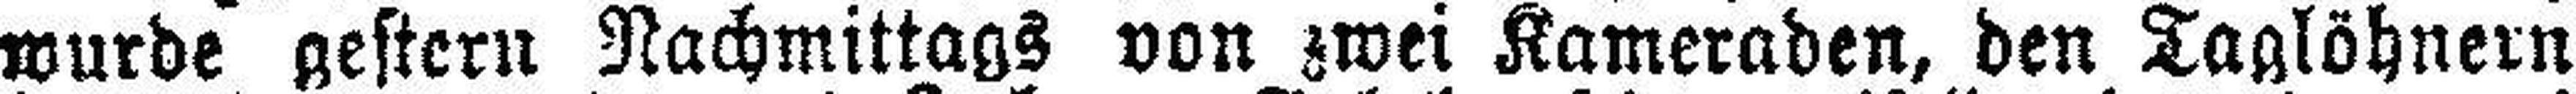
wurde gestern Nachmittags von zwei Kameraden, den Taglöhnern